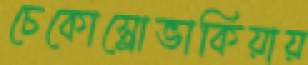
চেকোস্লোভাকিয়ায়